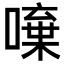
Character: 𠾍